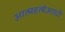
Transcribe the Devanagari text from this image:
आत्महत्येआधी